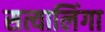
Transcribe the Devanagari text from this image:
सत्यालिंगा